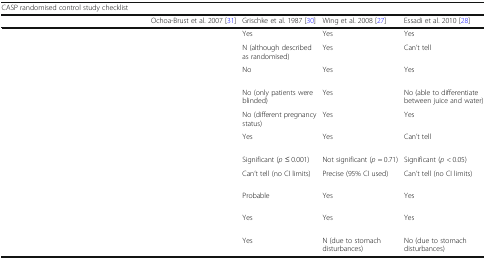
<table><thead><tr><td colspan="5"><b>CASP randomised control study checklist</b></td></tr><tr><td>[EMPTY_CELL]</td><td><b>Ochoa-Brust et al. 2007 [31]</b></td><td><b>Grischke et al. 1987 [30]</b></td><td><b>Wing et al. 2008 [27]</b></td><td><b>Essadi et al. 2010 [28]</b></td></tr></thead><tbody><tr><td>[EMPTY_CELL]</td><td>[EMPTY_CELL]</td><td>Yes</td><td>Yes</td><td>Yes</td></tr><tr><td>[EMPTY_CELL]</td><td>[EMPTY_CELL]</td><td>N (although described as randomised)</td><td>Yes</td><td>Can’t tell</td></tr><tr><td>[EMPTY_CELL]</td><td>[EMPTY_CELL]</td><td>No</td><td>Yes</td><td>Yes</td></tr><tr><td>[EMPTY_CELL]</td><td>[EMPTY_CELL]</td><td>No (only patients were blinded)</td><td>Yes</td><td>No (able to differentiate between juice and water)</td></tr><tr><td>[EMPTY_CELL]</td><td>[EMPTY_CELL]</td><td>No (different pregnancy status)</td><td>Yes</td><td>Yes</td></tr><tr><td>[EMPTY_CELL]</td><td>[EMPTY_CELL]</td><td>Yes</td><td>Yes</td><td>Can’t tell</td></tr><tr><td>[EMPTY_CELL]</td><td>[EMPTY_CELL]</td><td>Significant (<i>p</i> ≤ 0.001)</td><td>Not significant (<i>p</i> = 0.71)</td><td>Significant (<i>p</i> &lt; 0.05)</td></tr><tr><td>[EMPTY_CELL]</td><td>[EMPTY_CELL]</td><td>Can’t tell (no CI limits)</td><td>Precise (95% CI used)</td><td>Can’t tell (no CI limits)</td></tr><tr><td>[EMPTY_CELL]</td><td>[EMPTY_CELL]</td><td>Probable</td><td>Yes</td><td>Yes</td></tr><tr><td>[EMPTY_CELL]</td><td>[EMPTY_CELL]</td><td>Yes</td><td>Yes</td><td>Yes</td></tr><tr><td>[EMPTY_CELL]</td><td>[EMPTY_CELL]</td><td>Yes</td><td>N (due to stomach disturbances)</td><td>No (due to stomach disturbances)</td></tr></tbody></table>